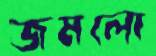
জমলো